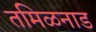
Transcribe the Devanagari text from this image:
तमिळनाड